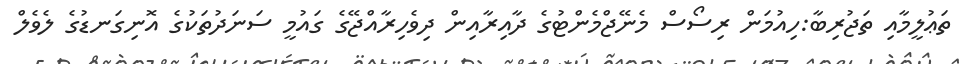
ތަޢުލީމާއި ތަޖުރިބާ:ހިއުމަން ރިސޯސް މެނޭޖްމެންޓުގެ ދާއިރާއިން ދިވެހިރާއްޖޭގެ ގައުމީ ސަނަދުތަކުގެ އޮނިގަނޑުގެ ލެވެލް